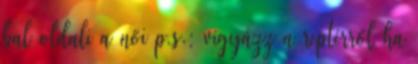
bal oldali a női p.s.: vigyázz a reptérről ha